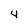
Character: 4